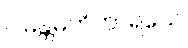
ဂါမန္တမဘိဟာရယေ